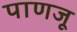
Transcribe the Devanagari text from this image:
पाणजू